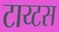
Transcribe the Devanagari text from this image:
टाय्टस